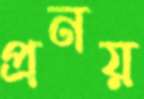
প্রনয়